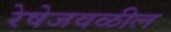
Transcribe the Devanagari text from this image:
रेषेजवळील